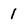
Character: 1